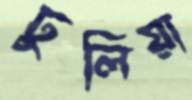
ঢুলিয়া